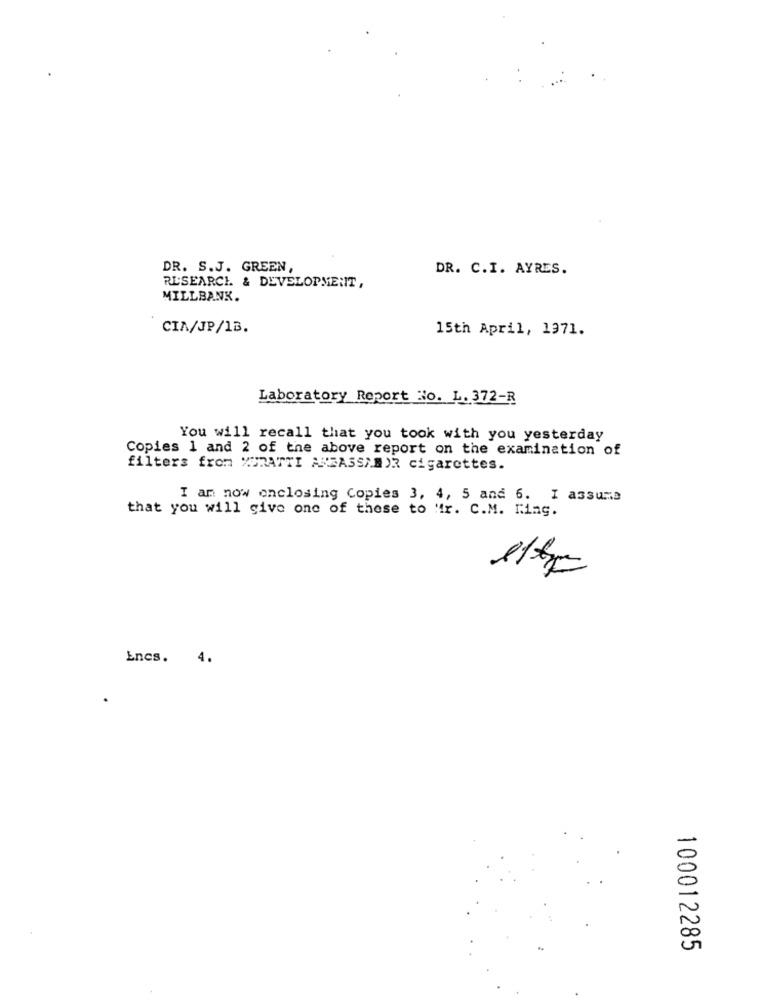
DR. S.J. GREEN,
DR. C.I. AYRES.
RESEARCH & DEVELOPMENT,
MILLBANK.
CIA/JP/1B.
15th April, 1971.
Laboratory Report Ho. L. 372-R
You will recall that you took with you yesterday
Copies 1 and 2 of the above report on the examination of
filters from MORATTI AMBASSADOR cigarettes.
I am now onclosing Copies 3, 4, 5 and 6. I assume
that you will give one of these to "ir. C.M. King.
11tp
Encs. 4.
100012285